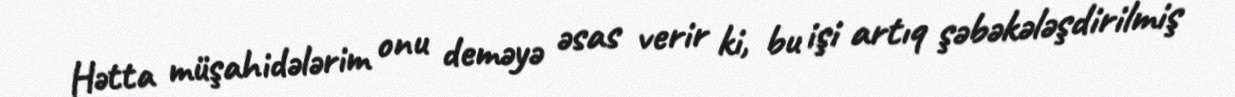
Hətta müşahidələrim onu deməyə əsas verir ki, bu işi artıq şəbəkələşdirilmiş